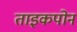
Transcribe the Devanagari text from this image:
ताइकपोन